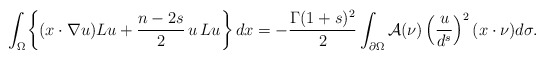
\begin{align*}\int_\Omega\biggl\{ (x\cdot\nabla u)Lu+\frac{n-2s}{2}\,u\,Lu\biggl\}\,dx=-\frac{\Gamma(1+s)^2}{2}\int_{\partial\Omega}\mathcal A(\nu)\left(\frac{u}{d^s}\right)^2(x\cdot\nu)d\sigma.\end{align*}